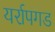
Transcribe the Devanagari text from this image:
यर्रापगड